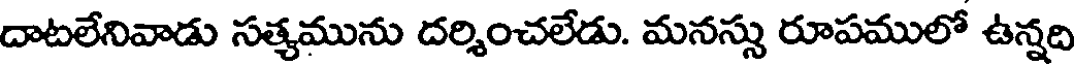
దాటలేనివాడు సత్యమును దర్శించలేడు. మనస్సు రూపములో ఉన్నది